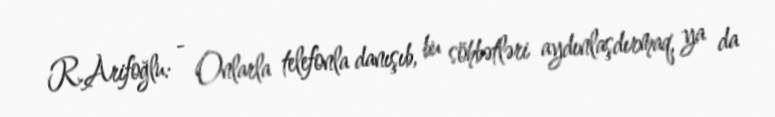
R.Arifoğlu: - Onlarla telefonla danışıb, bu söhbətləri aydınlaşdırmaq, ya da